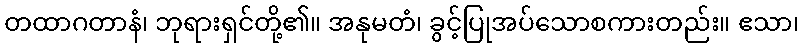
တထာဂတာနံ၊ ဘုရားရှင်တို့၏။ အနုမတံ၊ ခွင့်ပြုအပ်သောစကားတည်း။ ဧသာ၊